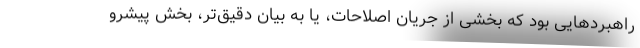
راهبردهایی بود که بخشی از جریان اصلاحات، یا به بیان دقیق‌تر، بخش پیشرو